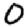
Digit: 0